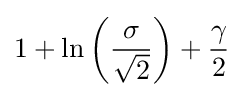
1+\ln \left({\frac {\sigma }{\sqrt {2}}}\right)+{\frac {\gamma }{2}}